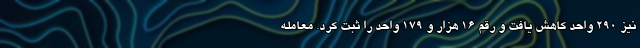
نیز ۲۹۰ واحد کاهش یافت و رقم ۱۶ هزار و ۱۷۹ واحد را ثبت کرد. معامله